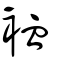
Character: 裇